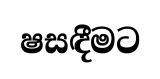
ෂසඳීමට